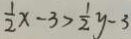
\frac { 1 } { 2 } x - 3 > \frac { 1 } { 2 } y - 3